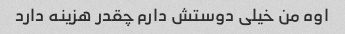
اوه من خیلی دوستش دارم چقدر هزینه دارد